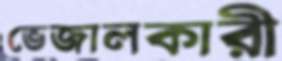
ভেজালকারী